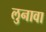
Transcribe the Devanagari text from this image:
लुनावा